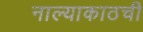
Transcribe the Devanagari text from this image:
नाल्याकाठची